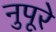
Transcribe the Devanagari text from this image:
नुपूरे